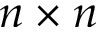
n \times n